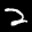
Label: 2